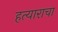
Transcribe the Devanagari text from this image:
हत्याराचा